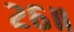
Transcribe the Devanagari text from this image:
२६॥